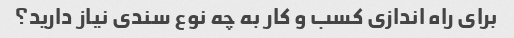
برای راه اندازی کسب و کار به چه نوع سندی نیاز دارید؟